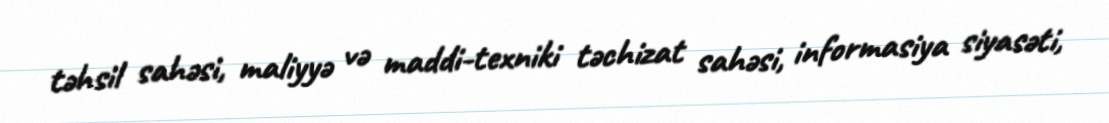
təhsil sahəsi, maliyyə və maddi-texniki təchizat sahəsi, informasiya siyasəti,